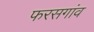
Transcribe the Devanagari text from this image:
फरसगांव